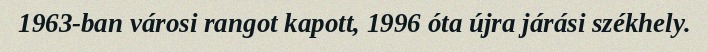
1963-ban városi rangot kapott, 1996 óta újra járási székhely.